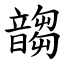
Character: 䪮